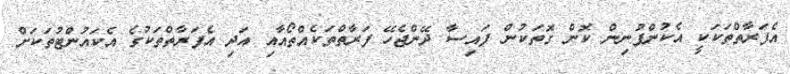
އެފަރާތްތަކަކީ އެކުންފުނިން ކޮން ގޮތަކުން ފައިސާ ދޭންޖެހޭ ފަރާތްތަކެއްތޯއާއި އަދި އެފަރާތްތަކުގެ އެކައުންޓުތަކަށް